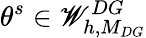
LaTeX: \theta^{s}\in\mathscr{W}_{h,M_{DG}}^{DG}